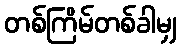
တစ်ကြိမ်တစ်ခါမျှ